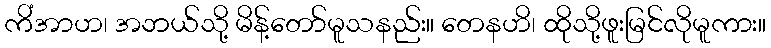
ကိံအာဟ၊ အဘယ်သို့ မိန့်တော်မူသနည်း။ တေနဟိ၊ ထိုသို့ဖူးမြင်လိုမူကား။